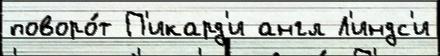
поворо́т П'икард'и англ Л'индс'и